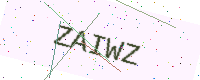
Text: ZAIWZ